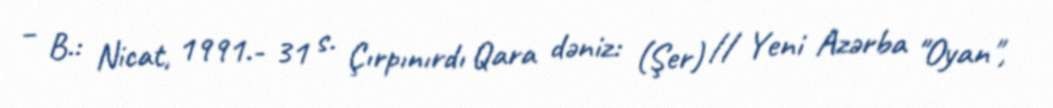
– B.: Nicat, 1991.- 31 s. Çırpınırdı Qara dəniz: (Şer) // Yeni Azərba "Oyan",